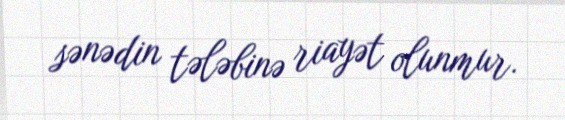
sənədin tələbinə riayət olunmur.